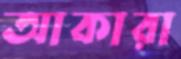
আকারা